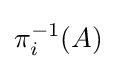
\pi _{i}^{-1}(A)